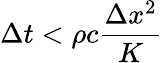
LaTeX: \Delta t<\rho c{\frac{\Delta x^{2}}{K}}